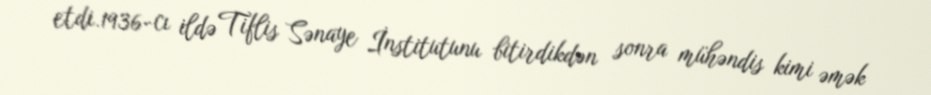
etdi.1936-cı ildə Tiflis Sənaye İnstitutunu bitirdikdən sonra mühəndis kimi əmək